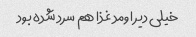
خیلی دیر اومد غذا هم سرد شده بود